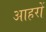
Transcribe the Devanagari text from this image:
आहरों